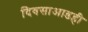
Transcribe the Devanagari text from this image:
दिवसाआडही